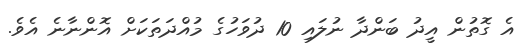
އެ ގޮތުން އީދު ބަންދާ ނުލައި 10 ދުވަހުގެ މުއްދަތަކަށް އޮންނާނެ އެވެ.